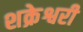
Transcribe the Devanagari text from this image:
शक्रेश्वरी